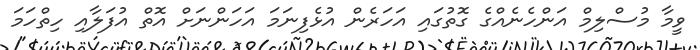
ވީމާ މުސްލިމް އަންހެނެއްގެ ގޮތުގައި އަހަރެން އުޅެފިނަމަ އަހަންނަށް އޮތް އުފަލާއި ހިތްހަމަ